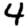
Digit: 4